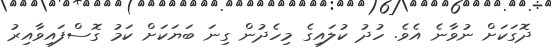
ދޮގަކަށް ނުވާނެ އެވެ. ހުދު ކުލައިގެ މިހެދުން ގިނަ ބަޔަކަށް ކަމު ގޮސްފައިވާއިރު